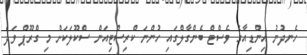
ހެނދުނު އިންޑިއާގެ ވެސްޓް ބެންގާލްގައި ހުންނަ ކްރިސްޓިއަން ސްކޫލަކަށް މި ގްރޫޕް ވަދެ